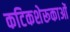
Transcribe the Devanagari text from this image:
कटिकशेरूकाओं